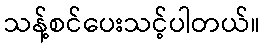
သန့်စင်ပေးသင့်ပါတယ်။